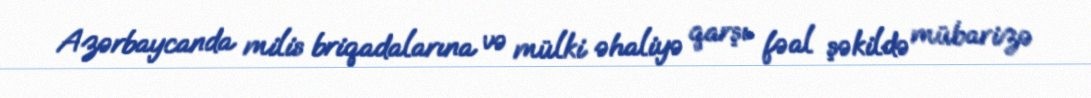
Azərbaycanda milis briqadalarına və mülki əhaliyə qarşı fəal şəkildə mübarizə